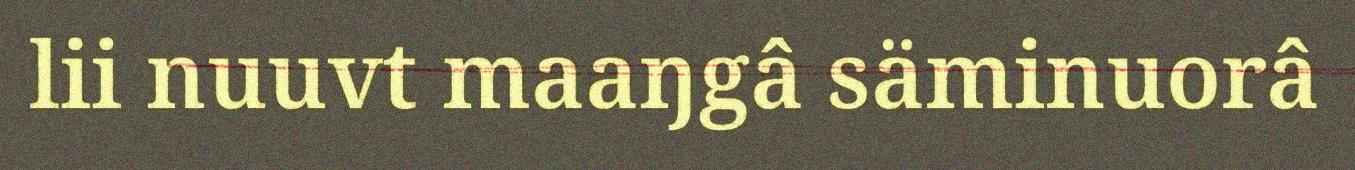
lii nuuvt maaŋgâ säminuorâ